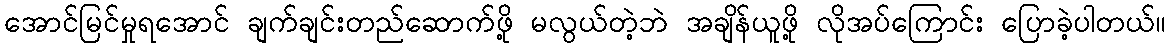
အောင်မြင်မှုရအောင် ချက်ချင်းတည်ဆောက်ဖို့ မလွယ်တဲ့ဘဲ အချိန်ယူဖို့ လိုအပ်ကြောင်း ပြောခဲ့ပါတယ်။